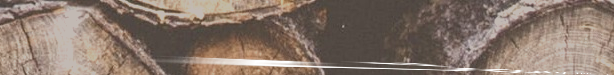
توصيل طلباتكم سريعًا وموث